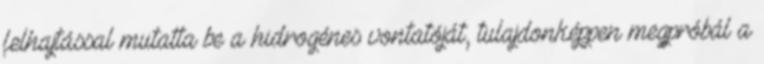
felhajtással mutatta be a hidrogénes vontatóját, tulajdonképpen megpróbál a